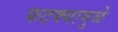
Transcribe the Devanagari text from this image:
फटक्यामुळे